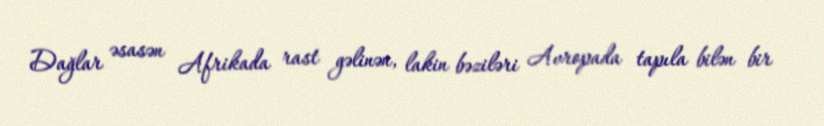
Dağlar əsasən Afrikada rast gəlinən, lakin bəziləri Avropada tapıla bilən bir